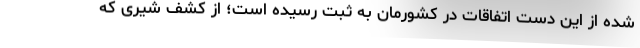
شده از این دست اتفاقات در کشورمان به ثبت رسیده است؛ از کشف شیری که